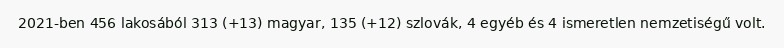
2021-ben 456 lakosából 313 (+13) magyar, 135 (+12) szlovák, 4 egyéb és 4 ismeretlen nemzetiségű volt.